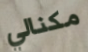
مكنالي